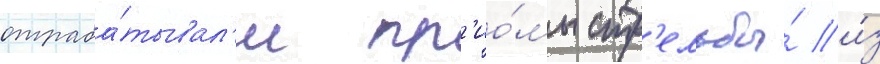
отраба́тывал'и пр'ио́мы стр'ельбы́ и́з